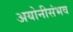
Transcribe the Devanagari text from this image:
अयोनीसंभव